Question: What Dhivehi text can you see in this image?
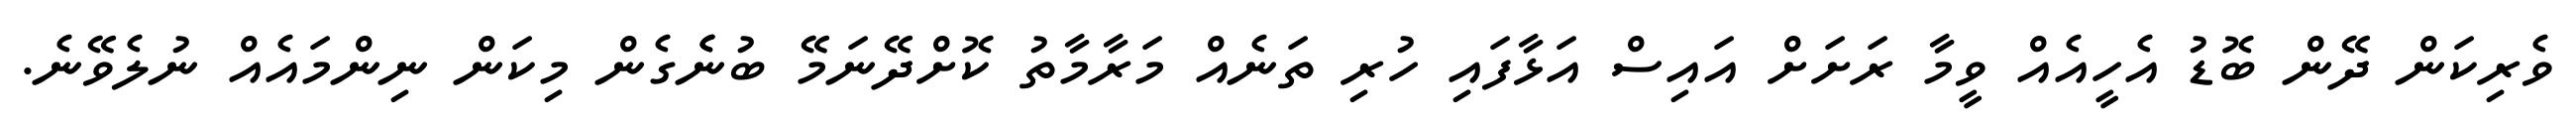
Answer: ވެރިކަން ދޭން ބޮޑު އެހީއެއް ވީމާ ރަށަށް އައިސް އަޅާފައި ހުރި ތަނެއް މަރާމާތު ކޮށްދޭނަމޭ ބުނެެގެން މިކަން ނިންމައެއް ނުލެވޭނެ.